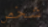
شخص